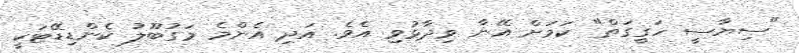
"ސިޔާސީ ހަގީގަތް" ކަމަށް އޭނާ ވިދާޅުވި އެވެ. އަދި އެންމެ މަގުބޫލު ކެންޑިޑޭޓަކީ